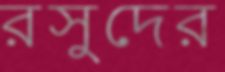
রসুদের